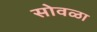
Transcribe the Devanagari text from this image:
सोवळा